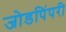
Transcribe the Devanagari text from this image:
जोडपिंपरी